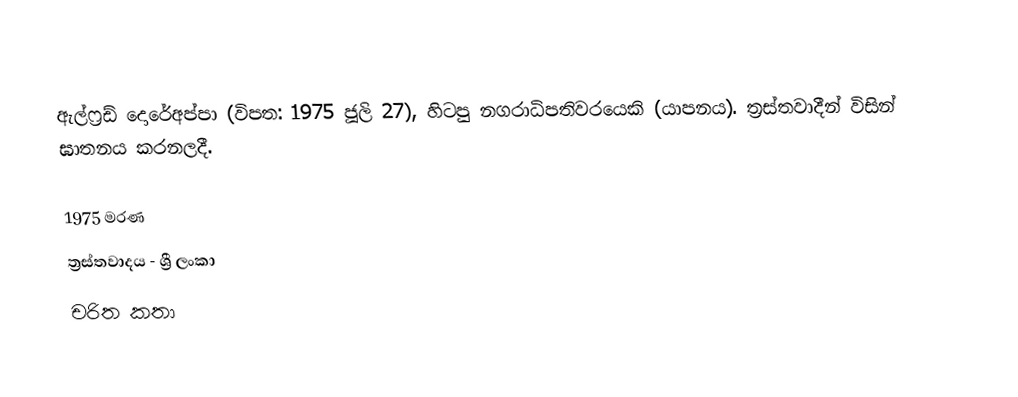
ඇල්ෆ‍්‍රඩ් දොරේඅප්පා (විපත: 1975 ජූලි 27), හිටපු නගරාධිපතිවරයෙකි (යාපනය). ත්‍රස්තවාදීන් විසින් ඝාතනය කරනලදී.

1975 මරණ
ත්‍රස්තවාදය - ශ්‍රී ලංකා
චරිත කතා